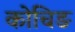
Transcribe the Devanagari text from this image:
कोचिङ